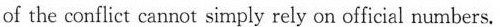
of the conflict cannot simpiy rely on official numbers.